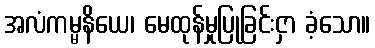
အလံကမ္မနိယေ၊ မေထုန်မှုပြုခြင်းငှာ ခံ့သော။